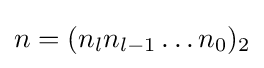
n=(n_{l}n_{l-1}\dots n_{0})_{2}